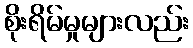
စိုးရိမ်မှုများလည်း